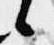
候